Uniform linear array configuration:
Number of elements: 32
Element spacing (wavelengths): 1
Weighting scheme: uniform
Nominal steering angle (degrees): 60
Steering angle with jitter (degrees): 58.381
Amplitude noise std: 0.05
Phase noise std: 0.05

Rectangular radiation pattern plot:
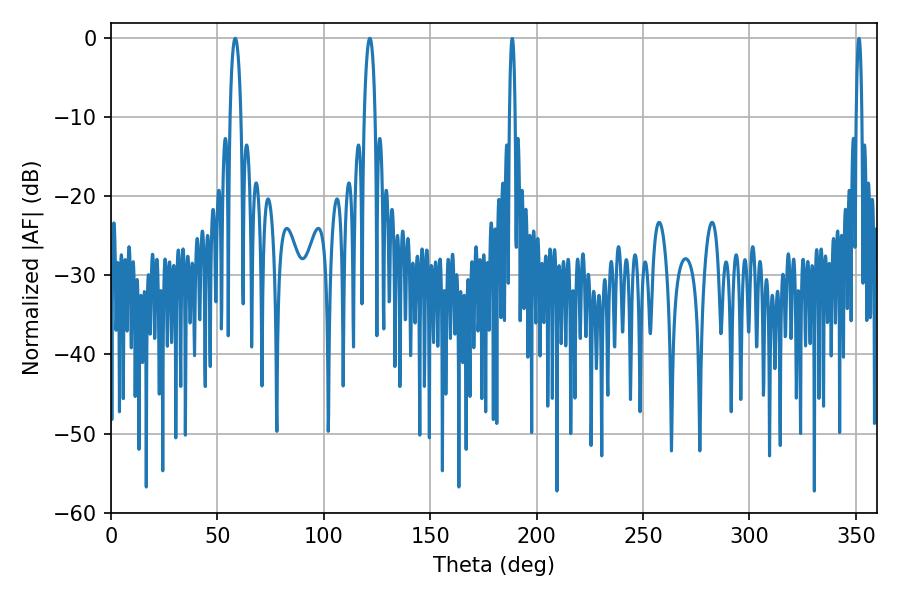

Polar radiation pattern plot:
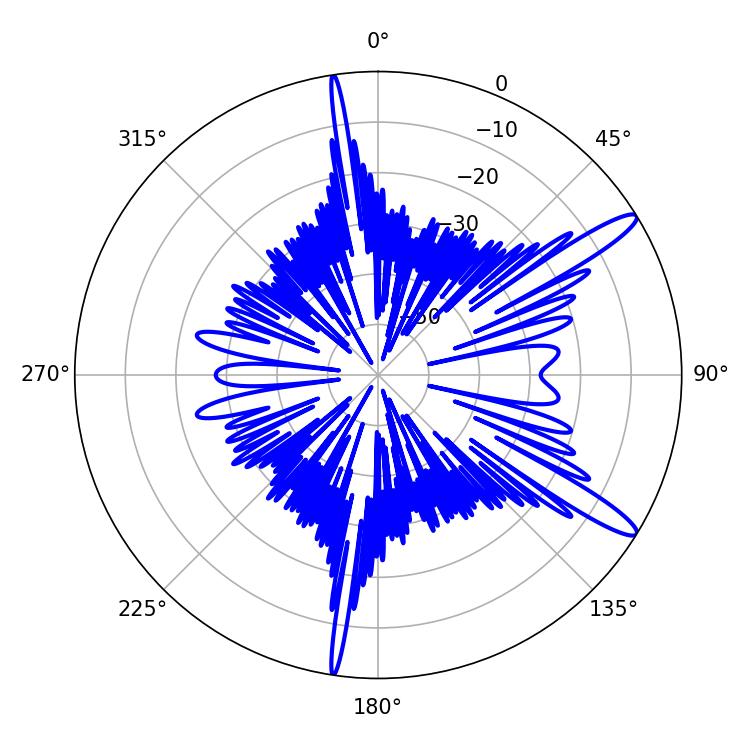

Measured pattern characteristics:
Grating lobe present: TRUE
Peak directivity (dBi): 13.417
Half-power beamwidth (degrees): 2.7
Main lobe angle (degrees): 58.32